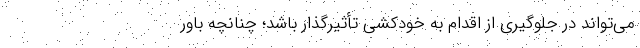
می‌تواند در جلوگیری از اقدام به خودکشی تأثیرگذار باشد؛ چنانچه باور